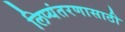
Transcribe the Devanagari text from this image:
लिप्यंतरणासाठी